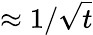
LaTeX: \approx 1/\sqrt{t}